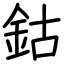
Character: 鈷